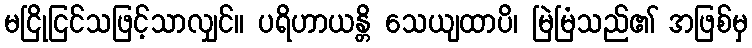
မငြိုငြင်သဖြင့်သာလျှင်။ ပရိဟာယန္တိ သေယျထာပိ၊ မြဲမြံသည်၏ အဖြစ်မှ